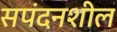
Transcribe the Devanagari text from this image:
सपंदनशील